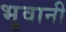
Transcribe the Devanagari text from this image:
भुवानी